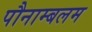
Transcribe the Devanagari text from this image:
पौनाम्बलम